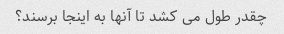
چقدر طول می کشد تا آنها به اینجا برسند؟